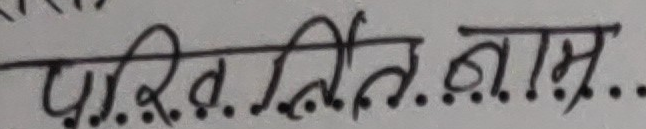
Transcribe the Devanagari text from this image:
परिचित नाम...